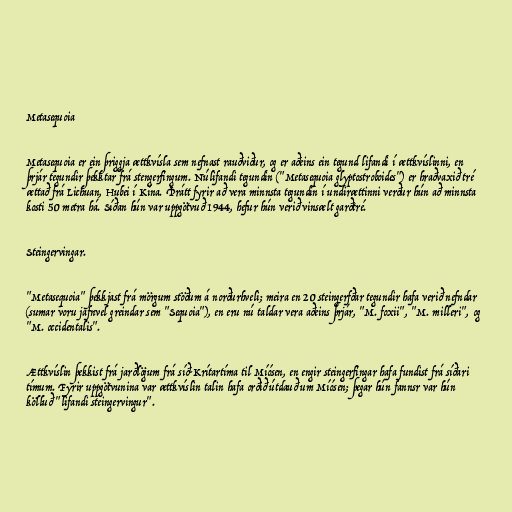
Metasequoia

Metasequoia er ein þriggja ættkvísla sem nefnast rauðviður, og er aðeins ein tegund lifandi í ættkvíslinni, en
þrjár tegundir þekktar frá stengerfingum. Núlifandi tegundin ("Metasequoia glyptostroboides") er hraðvaxið tré
ættað frá Lichuan, Hubei í Kína. Þrátt fyrir að vera minnsta tegundin í undirættinni verður hún að minnsta
kosti 50 metra há. Síðan hún var uppgötvuð 1944, hefur hún verið vinsælt garðtré.

Steingervingar.

"Metasequoia" þekkjast frá mörgum stöðum á norðurhveli; meira en 20 steingerfðar tegundir hafa verið nefndar
(sumar voru jafnvel greindar sem "Sequoia"), en eru nú taldar vera aðeins þrjár, "M. foxii", "M. milleri", og
"M. occidentalis".

Ættkvíslin þekkist frá jarðlögum frá síð-Krítartíma til Míósen, en engir steingerfingar hafa fundist frá síðari
tímum. Fyrir uppgötvunina var ættkvíslin talin hafa orðið útdauð um Míósen; þegar hún fannsr var hún
kölluð "lifandi steingervingur".